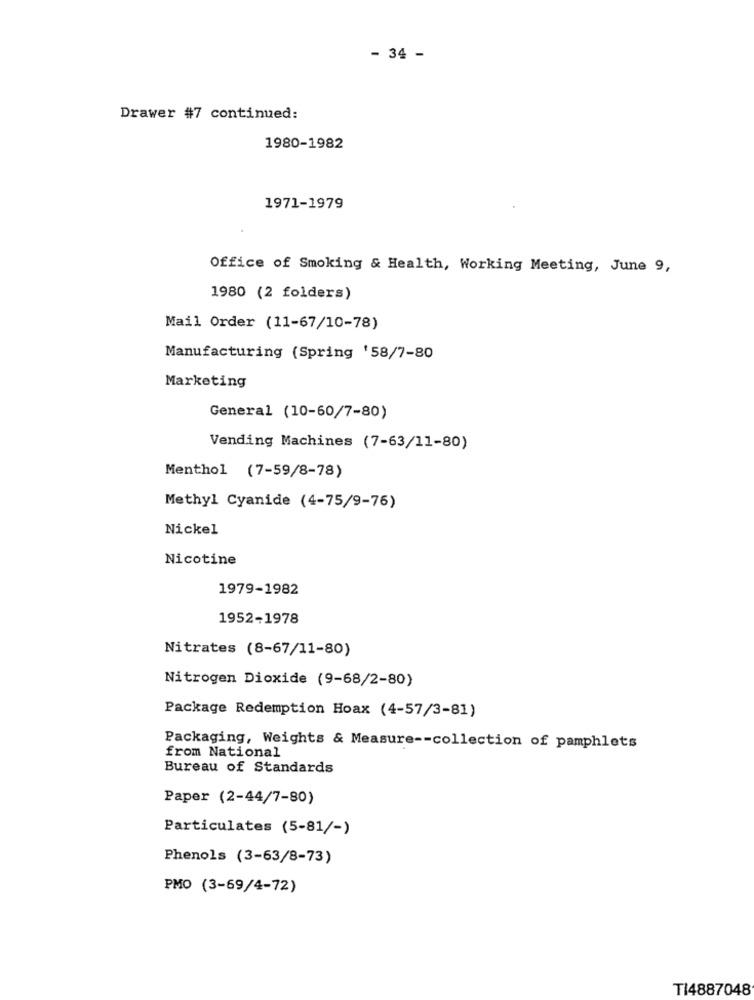
- 34 -
Drawer #7 continued:
1980-1982
1971-1979
Office of Smoking & Health, Working Meeting, June 9,
1980 (2 folders)
Mail Order (11-67/10-78)
Manufacturing (Spring '58/7-80
Marketing
General (10-60/7-80)
Vending Machines (7-63/11-80)
Menthol (7-59/8-78)
Methyl Cyanide (4-75/9-76)
Nickel
Nicotine
1979-1982
1952-1978
Nitrates (8-67/11-80)
Nitrogen Dioxide (9-68/2-80)
Package Redemption Hoax (4-57/3-81)
Packaging, Weights & Measure -- collection of pamphlets
from National
Bureau of Standards
Paper (2-44/7-80)
Particulates (5-81/-)
Phenols (3-63/8-73)
PMO (3-69/4-72)
TI4887048